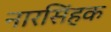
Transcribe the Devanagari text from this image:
नारसिंहक